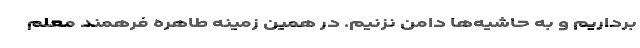
برداریم و به حاشیه‌ها دامن نزنیم. در همین زمینه طاهره فرهمند معلم